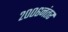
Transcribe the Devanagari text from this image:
२००६नंतर